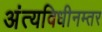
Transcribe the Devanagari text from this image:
अंत्यविधीनम्तर